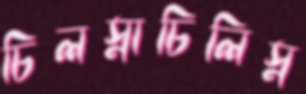
চিলস্নাচিলিস্ন